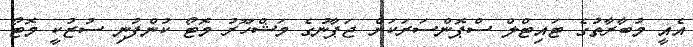
އެއީ މުބާރާތުގެ ޓައިޓްލް ސްޕޮންސަރަކަށް ޖަޕާނުގެ މަޝްހޫރު މޮޓޯ ކުންފުނި ސުޒުކީ މޮޓޯ